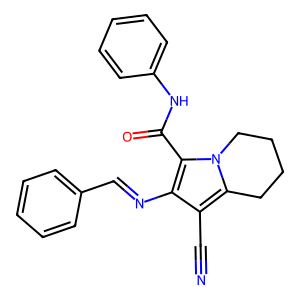
SMILES: N#Cc1c(N=Cc2ccccc2)c(C(=O)Nc2ccccc2)n2c1CCCC2
Inhibits HIV replication: No